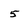
Character: 5